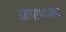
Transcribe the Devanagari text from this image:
आपापलाच